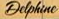
Ddpkine